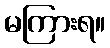
မကြားရ။